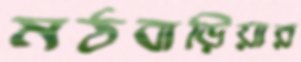
মঠবাড়িয়ার